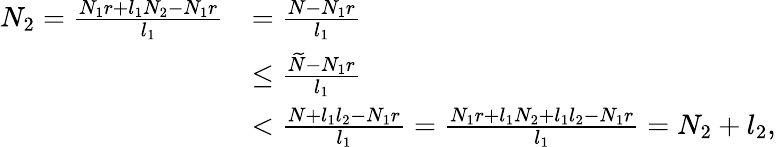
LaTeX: \begin{array}{rl}{N_{2}=\frac{N_{1}r+l_{1}N_{2}-N_{1}r}{l_{1}}}&{=\frac{N-N_{1}r}{l_{1}}}\\ &{\leq\frac{\widetilde{N}-N_{1}r}{l_{1}}}\\ &{<\frac{N+l_{1}l_{2}-N_{1}r}{l_{1}}=\frac{N_{1}r+l_{1}N_{2}+l_{1}l_{2}-N_{1}r}{l_{1}}=N_{2}+l_{2},}\end{array}